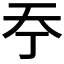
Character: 𡗣